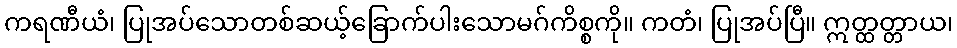
ကရဏီယံ၊ ပြုအပ်သောတစ်ဆယ့်ခြောက်ပါးသောမဂ်ကိစ္စကို။ ကတံ၊ ပြုအပ်ပြီ။ ဣတ္ထတ္တာယ၊